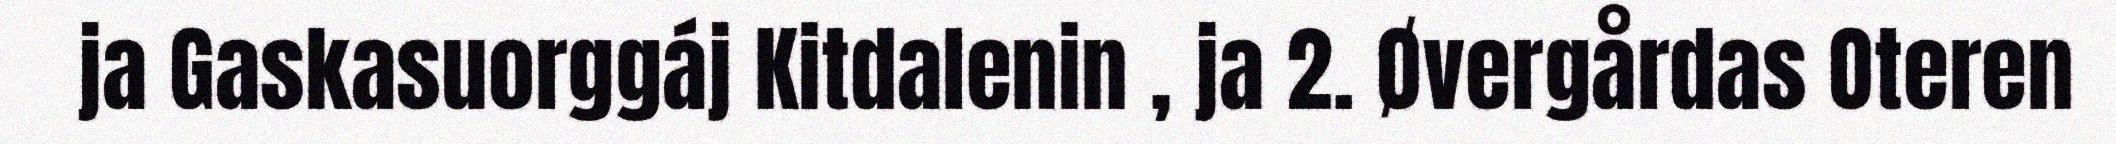
ja Gaskasuorggáj Kitdalenin , ja 2. Øvergårdas Oteren